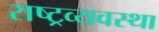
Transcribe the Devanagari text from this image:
राष्ट्रव्यवस्था